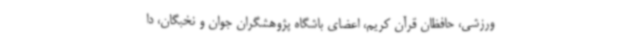
ورزشی، حافظان قرآن کریم، اعضای باشگاه پژوهشگران جوان و نخبگان، دا